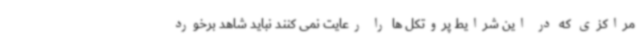
مراکزی که در این شرایط پروتکل ها را رعایت نمی کنند نباید شاهد برخورد